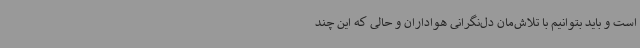
است و باید بتوانیم با تلاش‌مان دل‌نگرانی هواداران و حالی که این چند